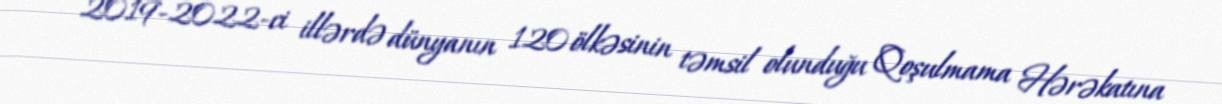
2019-2022-ci illərdə dünyanın 120 ölkəsinin təmsil olunduğu Qoşulmama Hərəkatına